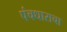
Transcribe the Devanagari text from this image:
पंचधाराचा